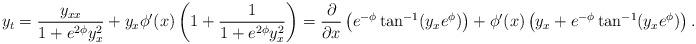
LaTeX: \begin{align*} y_t = \frac{y_{xx}}{1 + e^{2\phi} y_x^2} + y_x \phi'(x) \left(1 + \frac{1}{1 + e^{2\phi} y_x^2} \right) = \frac{\partial}{\partial x} \left( e^{-\phi} \tan^{-1}(y_x e^\phi) \right) + \phi'(x) \left( y_x + e^{-\phi} \tan^{-1}(y_x e^\phi) \right).\end{align*}